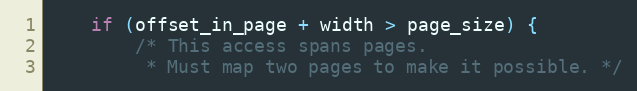
Language: C
    if (offset_in_page + width > page_size) {
        /* This access spans pages.
         * Must map two pages to make it possible. */